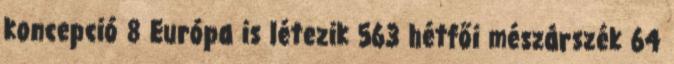
koncepció 8 Európa is létezik 563 hétfői mészárszék 64